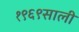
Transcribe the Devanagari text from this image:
१९६९साली